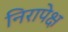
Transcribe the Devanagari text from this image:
निरापेक्ष